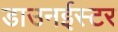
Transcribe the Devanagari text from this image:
डाउनईस्टर